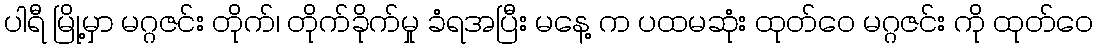
ပါရီ မြို့မှာ မဂ္ဂဇင်း တိုက်၊ တိုက်ခိုက်မှု ခံရအပြီး မနေ့ က ပထမဆုံး ထုတ်ဝေ မဂ္ဂဇင်း ကို ထုတ်ဝေ